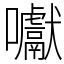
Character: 囐